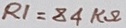
Text: R1=84KΩ